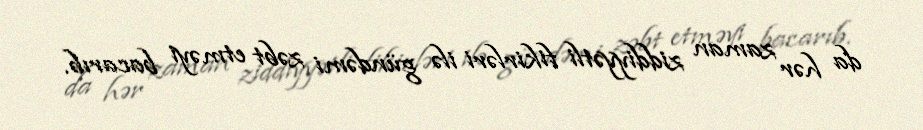
da hər zaman ziddiyyətli fikirləri ilə gündəmi zəbt etməyi bacarıb.